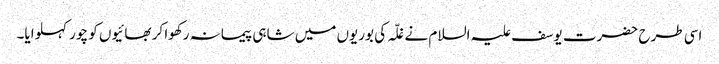
اسی طرح حضرت یوسف علیہ السلام نے غلّہ کی بوریوں میں شاہی پیمانہ رکھوا کر بھائیوں کو چور کہلوایا۔